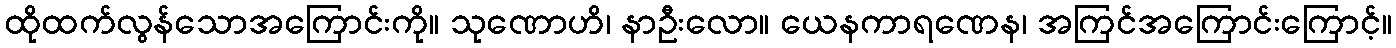
ထိုထက်လွန်သောအကြောင်းကို။ သုဏောဟိ၊ နာဦးလော။ ယေနကာရဏေန၊ အကြင်အကြောင်းကြောင့်။